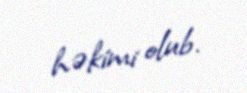
həkimi olub.